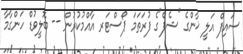
ސައިފް އަލީ ޚާންގެ "ޝެފް"ގެ ފުރަތަމަ ޕޯސްޓަރ އާއްމުކުރުން -- ބޮލީވުޑް ހަންގާމާ